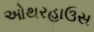
ઓથરહાઉસ